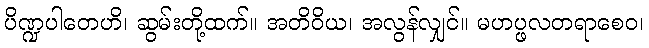
ပိဏ္ဍပါတေဟိ၊ ဆွမ်းတို့ထက်။ အတိဝိယ၊ အလွန်လျှင်။ မဟပ္ဖလတရာစေဝ၊